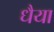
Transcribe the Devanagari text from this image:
धैया